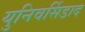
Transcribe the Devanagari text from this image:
युनिवर्सिडाद